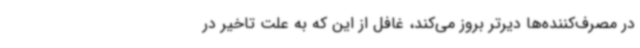
در مصرف‌کننده‌ها دیرتر بروز می‌کند، غافل از این که به علت تاخیر در